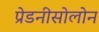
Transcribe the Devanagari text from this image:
प्रेडनीसोलोन